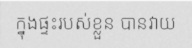
ក្នុងផ្ទះរបស់ខ្លួន បានវាយ